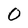
Character: O